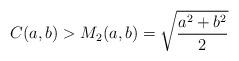
LaTeX: \begin{align*}C(a,b)>M_{2}(a,b)=\sqrt{\frac{a^{2}+b^{2}}{2}}\,\end{align*}